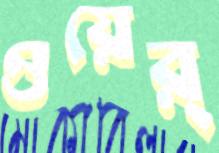
ওয়ের্